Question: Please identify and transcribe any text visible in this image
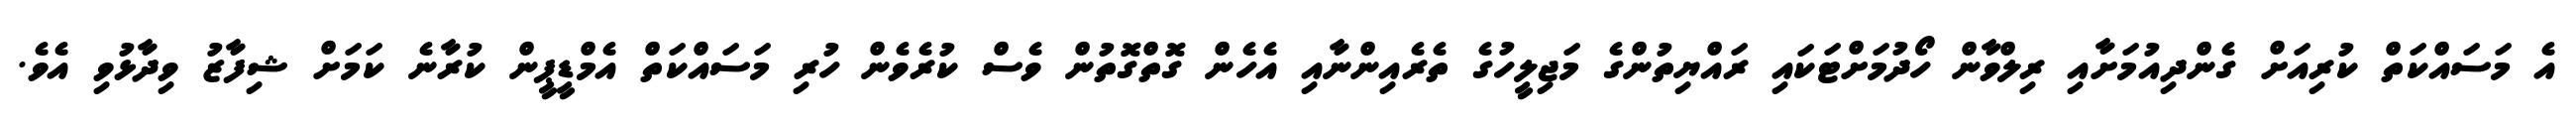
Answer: އެ މަސައްކަތް ކުރިއަށް ގެންދިއުމަށާއި ރިލްވާން ހޯދުމަށްޓަކައި ރައްޔިތުންގެ މަޖިލީހުގެ ތެރެއިންނާއި އެހެން ގޮތްގޮތުން ވެސް ކުރެވެން ހުރި މަސައްކަތް އެމްޑީޕީން ކުރާނެ ކަމަށް ޝިފާޒު ވިދާޅުވި އެވެ.